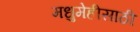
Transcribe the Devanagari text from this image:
मधुमेहीसाठी